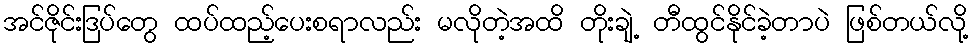
အင်ဇိုင်းဒြပ်တွေ ထပ်ထည့်ပေးစရာလည်း မလိုတဲ့အထိ တိုးချဲ့ တီထွင်နိုင်ခဲ့တာပဲ ဖြစ်တယ်လို့